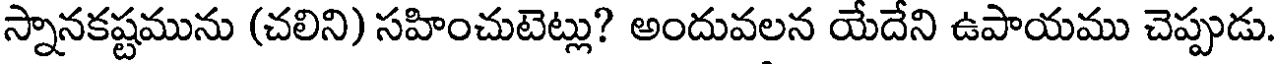
స్నానకష్టమును (చలిని) సహించుటెట్లు? అందువలన యేదేని ఉపాయము చెప్పుడు